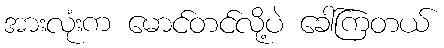
အားလုံးက မောင်တင်လို့ပဲ ခေါ်ကြတယ်